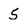
Character: 5